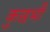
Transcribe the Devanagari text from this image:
कुछभी